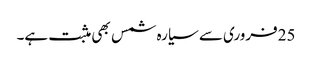
25فروری سے سیارہ شمس بھی مثبت ہے۔